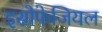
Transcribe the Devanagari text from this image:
इसोफेजियल